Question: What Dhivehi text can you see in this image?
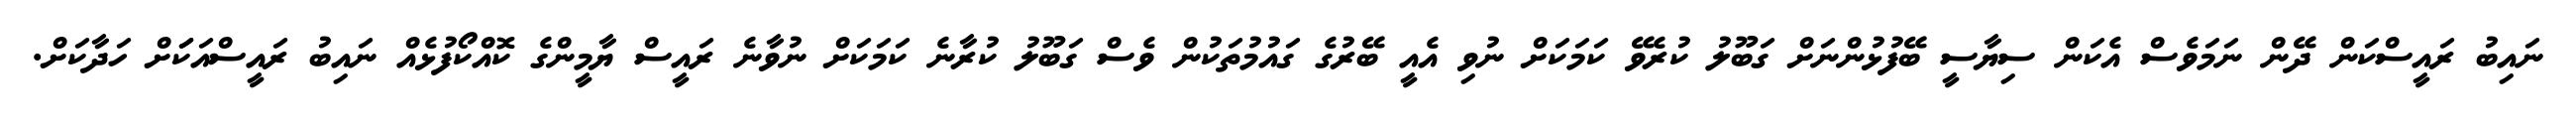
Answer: ނައިބު ރައީސްކަން ދޭން ނަމަވެސް އެކަން ސިޔާސީ ބޭފުޅުންނަށް ގަބޫލު ކުރެވޭ ކަމަކަށް ނުވި އެއީ ބޭރުގެ ގައުމުތަކުން ވެސް ގަބޫލު ކުރާނެ ކަމަކަށް ނުވާނެ ރައީސް ޔާމީންގެ ކޮއްކޯފުޅެއް ނައިބު ރައީސްއަކަަށް ހަދާކަށް.